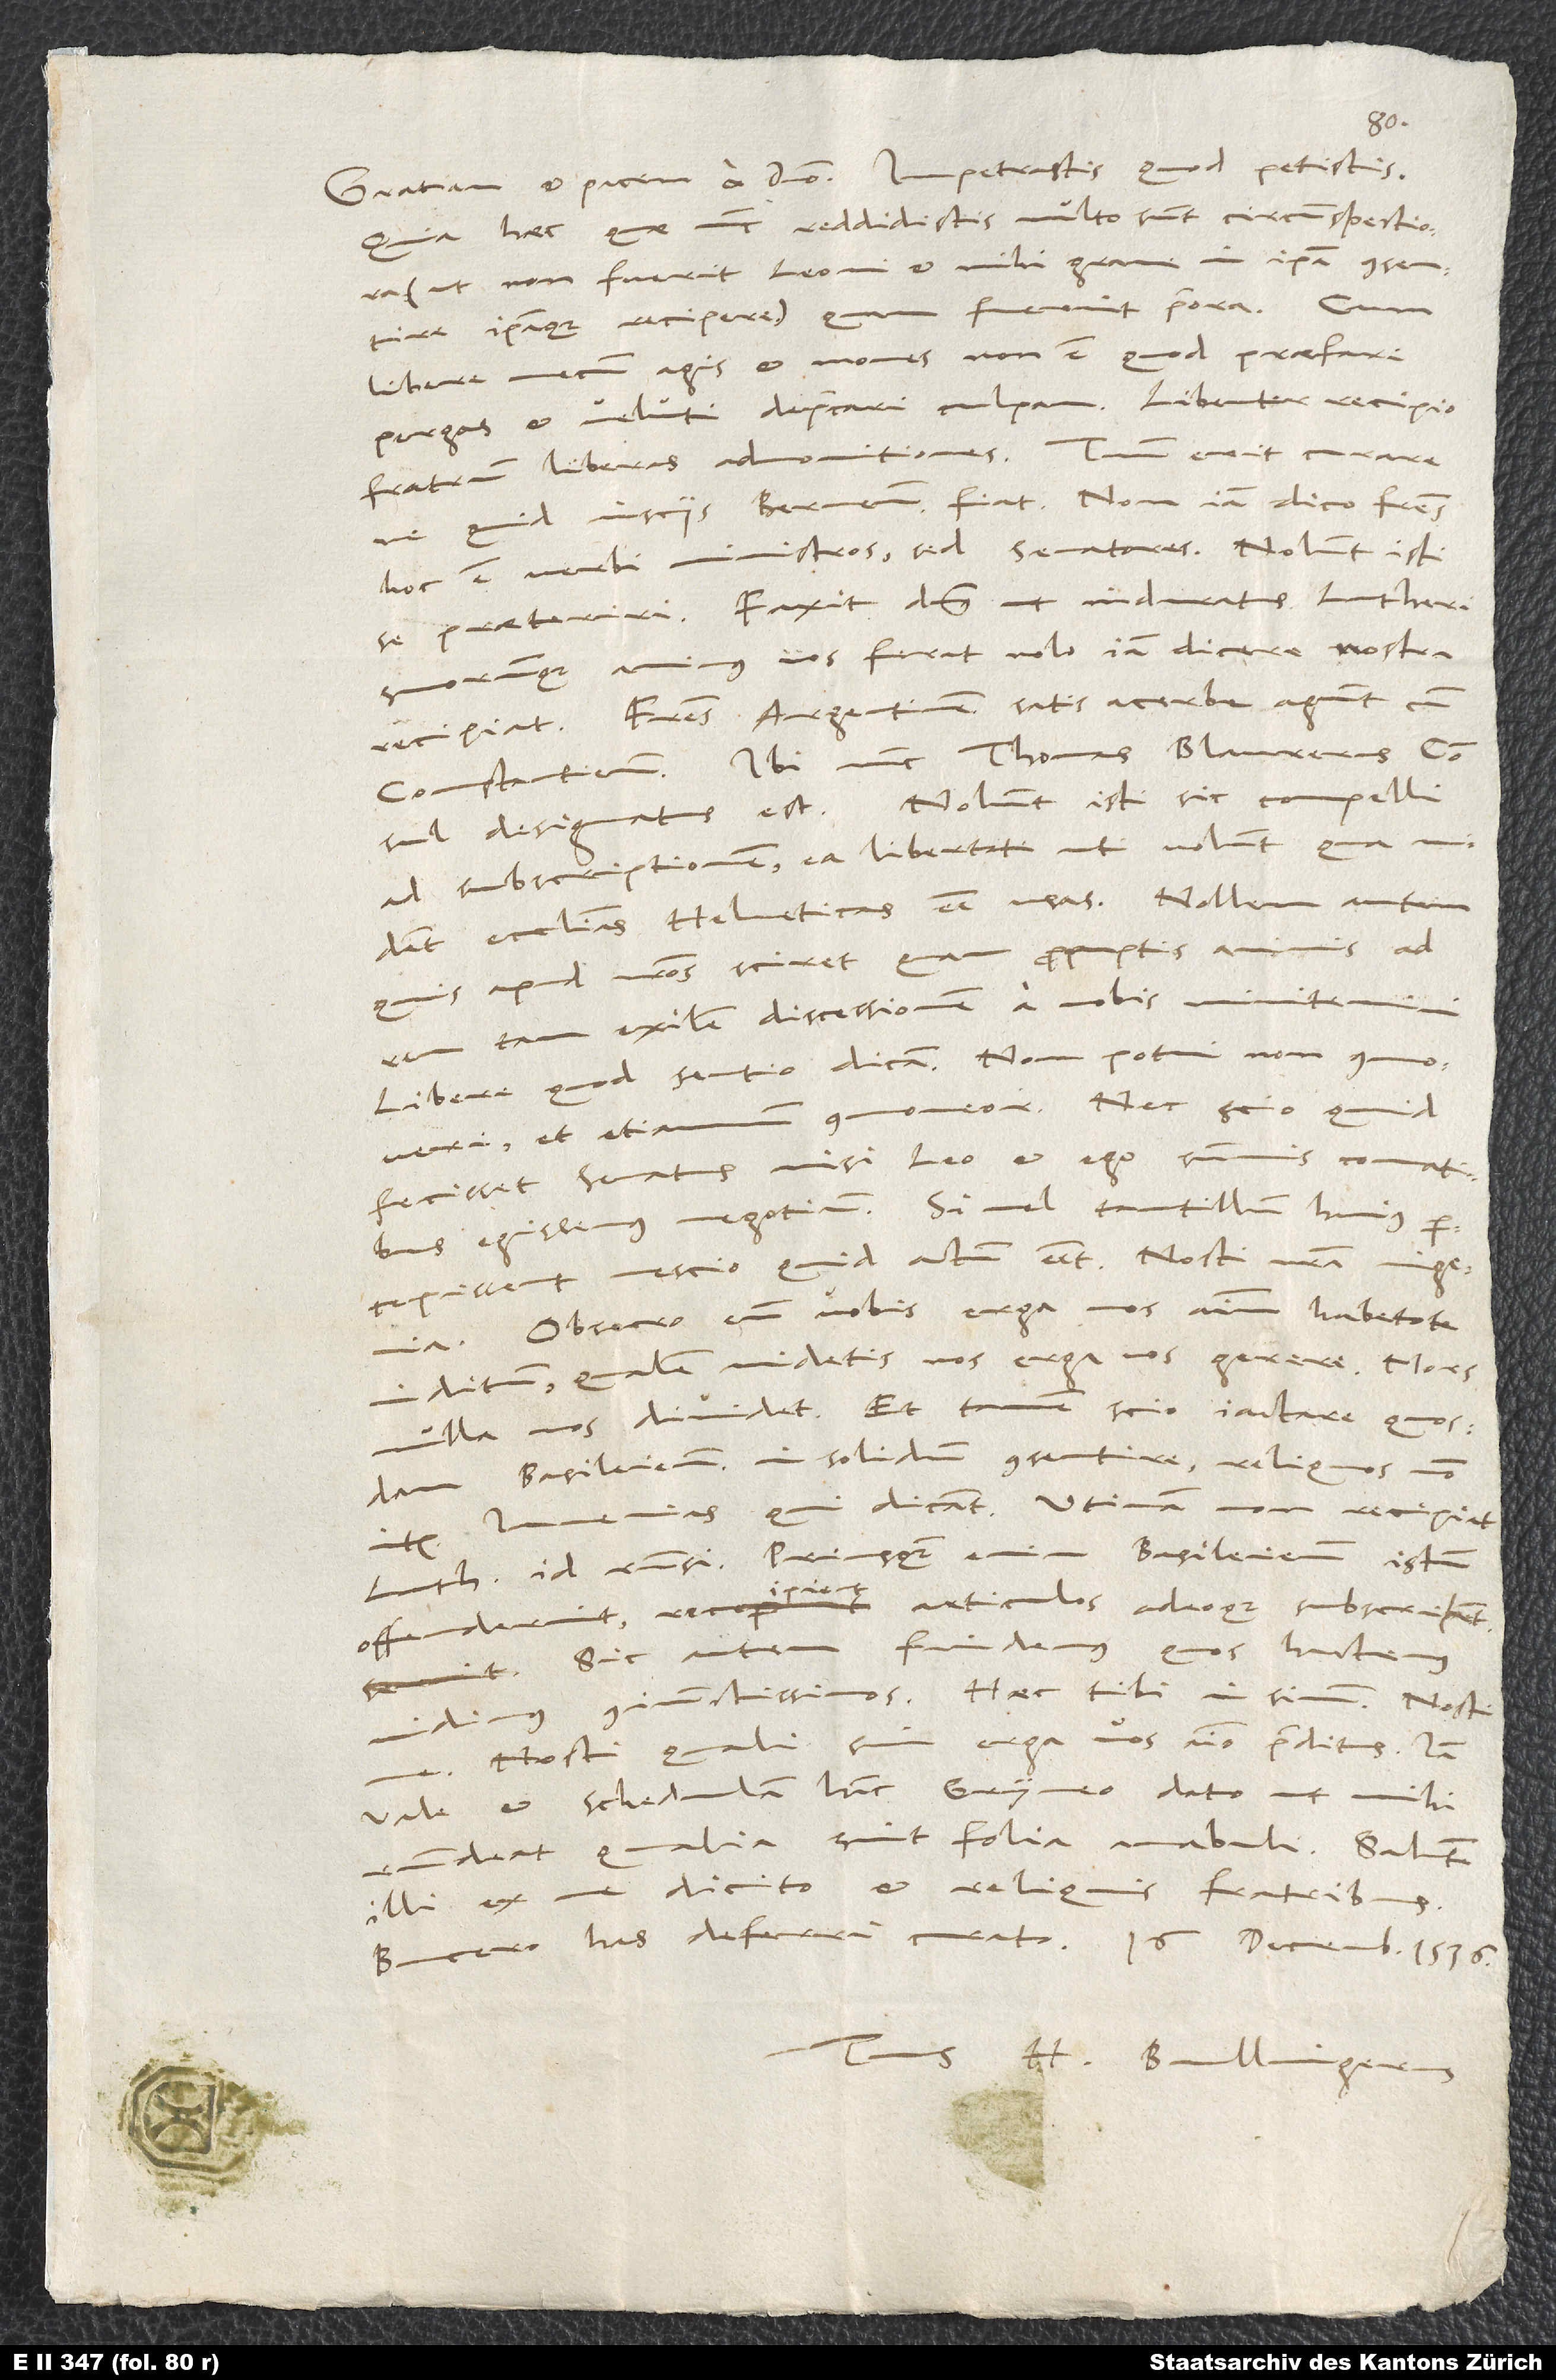
quia haec, quae nunc reddidistis, multo sunt circumspectiora
non fuerit Leoni et mihi grave in ipsa consentire
ipsaque recipere), quam fuerint priora. Cum
libere mecum agis et mones, non est, quod praefari
pergas et veluti deprecari culpam. Libenter recipio
fratrum liberas admonitiones. Tuum erit curare,
ne quid insciis Bernensibus fiat. Non iam dico fratres,
hoc est verbi ministros, sed senatores. Nolunt isti
se praeterin. Faxit dominus, ut induratus Lutheri
suorumque animus nos ferat, nob iam dicere, nostra
Fratres Argentinenses satis acerbe agunt cum
Constantiensibus. Ibi nunc Thomas Blaurerus consul
designatus est. Nolunt isti sic compelli
ad subscriptionem; ea libertate uti volunt, qua
quis apud nostros sciret, quam promptis animis ad
tam exilem discessionem a nobis minitemini.
Libere, quod sentio, dicam. Non potui non commoveri,
et etiamnum commoveor. Nec scio, quid
fecisset senatus, nisi Leo et ego summis conatibus
egissemus negotium. Si vel tantillum huius
percepissent, nescio, quid actum esset. Nosti nostra ingenia.
Obsecro, eum vobis erga nos animum habetote
inditum, qualem videtis nos erga vos gerere. Mors
nulla nos dividet. Et tamen scio iactare quosdam
Basileienses in solidum consentire, reliquos non
Invenias, qui dicant: "Utinam non recipiat
item.
Lutherus id responsi! Priusquam enim Basileienses istum
offenderint, recipient articulos adeoque subscribent.
Sic autem findemus, quos hactenus
vidimus coniunctissimos." Haec tibi in sinum. Nosti
Nosti, quali sim erga vos animo praeditus.
vale et schedulam hanc Gryneo dato, ut mihi
respondeat, qualia sint folia anabuli. Salutem
illi ex me dicito et reliquis fratribus.
Tuus H. Bullingerus.